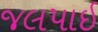
જલપાઈ